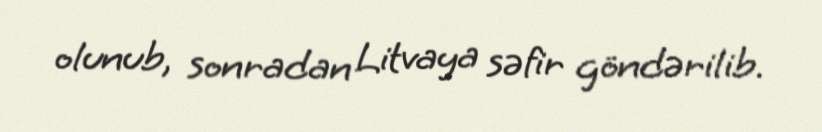
olunub, sonradan Litvaya səfir göndərilib.